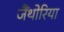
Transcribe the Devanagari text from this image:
जैंथोरिया